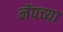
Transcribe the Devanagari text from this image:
नॅपच्या